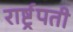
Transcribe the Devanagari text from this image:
रार्ष्ट्रपती